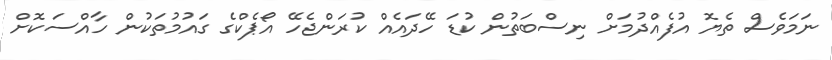
ނަމަވެސް ތެޔޮ އުފެއްދުމަށް ނިސްބަތުން ކުޑަ ހޭދައެއް ކުރަންޖެހޭ އޯޕެކްގެ ގައުމުތަކުން ހާއްސަކޮށް